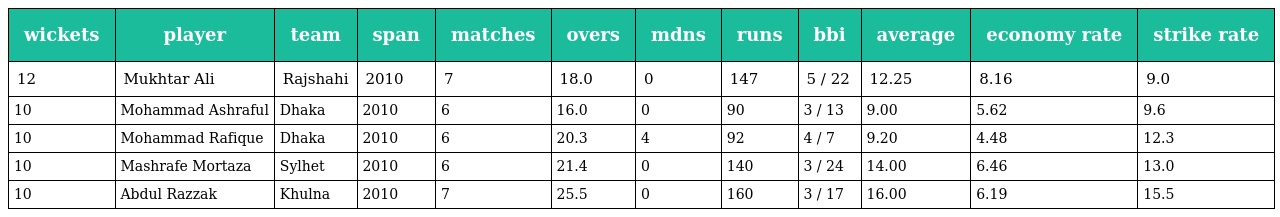
| wickets | player | team | span | matches | overs | mdns | runs | bbi | average | economy rate | strike rate |
 | --- | --- | --- | --- | --- | --- | --- | --- | --- | --- | --- | --- |
 | 12 | Mukhtar Ali | Rajshahi | 2010 | 7 | 18.0 | 0 | 147 | 5 / 22 | 12.25 | 8.16 | 9.0 |
 | 10 | Mohammad Ashraful | Dhaka | 2010 | 6 | 16.0 | 0 | 90 | 3 / 13 | 9.00 | 5.62 | 9.6 |
 | 10 | Mohammad Rafique | Dhaka | 2010 | 6 | 20.3 | 4 | 92 | 4 / 7 | 9.20 | 4.48 | 12.3 |
 | 10 | Mashrafe Mortaza | Sylhet | 2010 | 6 | 21.4 | 0 | 140 | 3 / 24 | 14.00 | 6.46 | 13.0 |
 | 10 | Abdul Razzak | Khulna | 2010 | 7 | 25.5 | 0 | 160 | 3 / 17 | 16.00 | 6.19 | 15.5 |